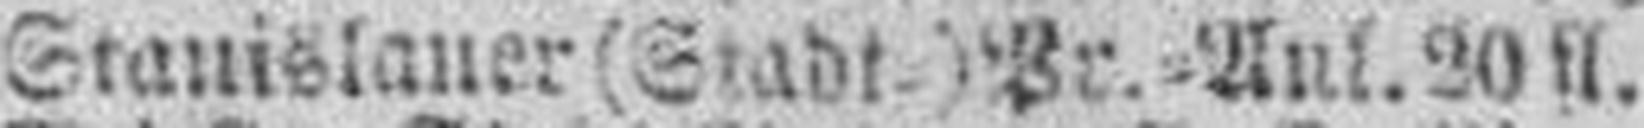
Stanislauer (Stadt=)Pr.=Anl. 20 fl.